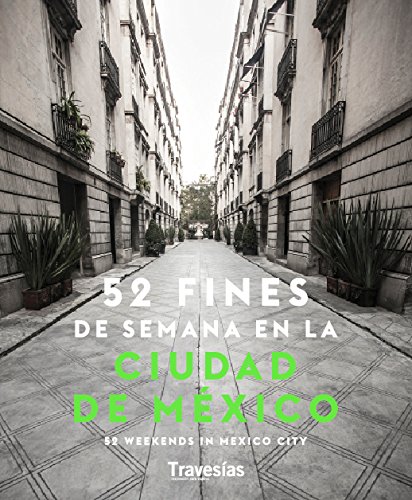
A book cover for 52 Weekends in Mexico City; Travesias; Travel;